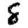
Digit: 8